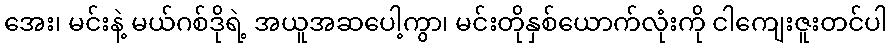
အေး၊ မင်းနဲ့ မယ်ဂစ်ဒိုရဲ့ အယူအဆပေါ့ကွာ၊ မင်းတိုနှစ်ယောက်လုံးကို ငါကျေးဇူးတင်ပါ